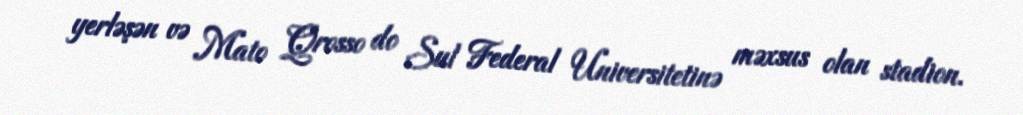
yerləşən və Mato Qrosso do Sul Federal Universitetinə məxsus olan stadion.